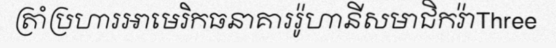
ត្រាំប្រហារអាមេរិកធនាគាររ៉ូហានីសមាជិករ៉ាThree